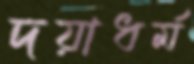
দয়াধর্ম